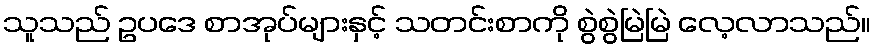
သူသည် ဥပဒေ စာအုပ်များနှင့် သတင်းစာကို စွဲစွဲမြဲမြဲ လေ့လာသည်။